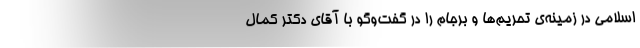
اسلامی در زمینه‌ی تحریم‌ها و برجام را در گفت‌وگو با آقای دکتر کمال